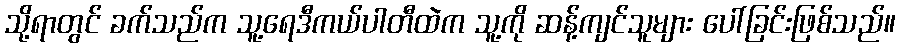
သို့ရာတွင် ခက်သည်က သူ့ရေဒီကယ်ပါတီထဲက သူ့ကို ဆန့်ကျင်သူများ ပေါ်ခြင်းဖြစ်သည်။